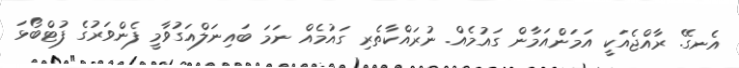
އެނގޭ. ރާއްޖެއަކީ އަމަންއަމާން ގައުމެއް. ނުރައްކާތެރި ގައުމެއް ނަމަ ބައިނަލްއަގުވާމީ ފެންވަރުގެ ފުޓްބޯޅަ